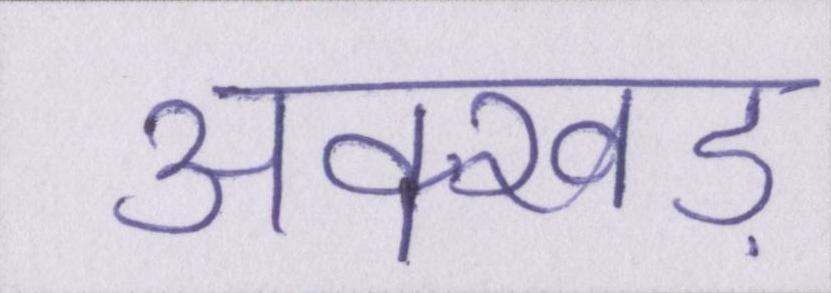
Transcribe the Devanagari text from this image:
अक्खड़